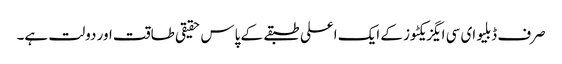
صرف ڈبلیو ای سی ایگزیکٹوز کے ایک اعلی طبقے کے پاس حقیقی طاقت اور دولت ہے۔